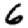
Digit: 6